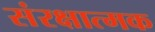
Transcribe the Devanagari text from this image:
संरक्षात्मक